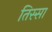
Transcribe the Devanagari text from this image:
तिस्सा